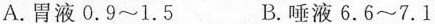
A.胃液0.9~1.5 B.唾液6.6~7.1